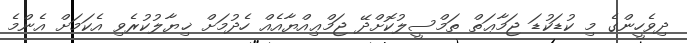
ދިވެހީންގެ މި ކުޑަކުޑަ ޖަމާޢަތް ތަމްސީލުކޮށްދޭ ޖަމްޢިއްޔާއެއް ހެދުމަށް ޚިޔާލުކުރެވި އެކަމަށް އެންމެ